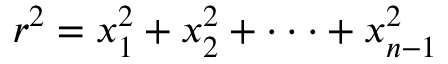
r ^ { 2 } = x _ { 1 } ^ { 2 } + x _ { 2 } ^ { 2 } + \cdot \cdot \cdot + x _ { n - 1 } ^ { 2 }